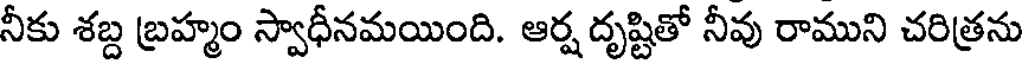
నీకు శబ్ద బ్రహ్మం స్వాధీనమయింది. ఆర్ష దృష్టితో నీవు రాముని చరిత్రను